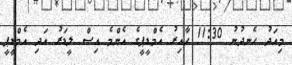
މިއަދު ހެނދުނު 11:30 ހާއިރު އެމްޑީޕީގެ އެންމެ އިސް ލީޑަރު އަދި އެމްޑީޕީ